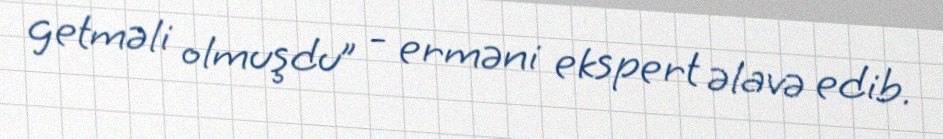
getməli olmuşdu” - erməni ekspert əlavə edib.